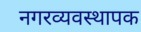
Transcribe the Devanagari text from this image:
नगरव्यवस्थापक